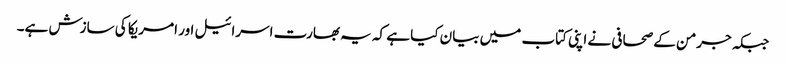
جبکہ جرمن کے صحافی نے اپنی کتاب میں بیان کیا ہے کہ یہ بھارت اسرائیل اور امریکا کی سازش ہے۔